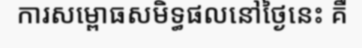
ការសម្ពោធសមិទ្ធផលនៅថ្ងៃនេះ គឺ